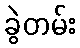
ခွဲတမ်း